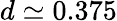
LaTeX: d\simeq 0.375